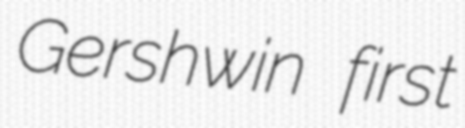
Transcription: Gershwin first